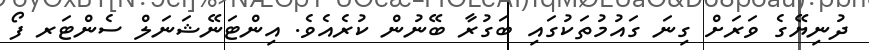
ދުނިޔޭގެ ވަރަށް ގިނަ ގައުމުތަކުގައި ބަގުރާ ބޭނުން ކުރެއެވެ. އިންޓަނޭޝަނަލް ސެންޓަރ ފޯ